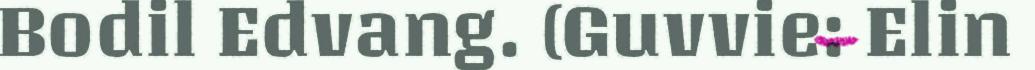
Bodil Edvang. (Guvvie: Elin